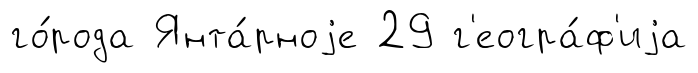
го́рода Янта́рноjе 29 г'еогра́ф'иjа